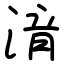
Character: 湇